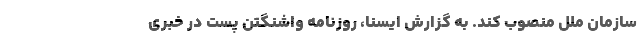
سازمان ملل منصوب کند. به گزارش ایسنا، روزنامه واشنگتن پست در خبری